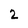
Character: 2